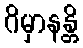
ဂိမှာနန္တိ